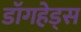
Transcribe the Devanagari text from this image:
डॉगहेड्स